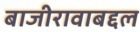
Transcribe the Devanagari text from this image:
बाजीरावाबद्दल